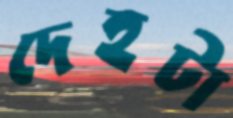
দেহটা